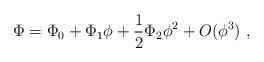
LaTeX: \begin{align*} \Phi = \Phi_0 + \Phi_1 \phi +\frac12 \Phi_2 \phi^2 +O(\phi^3)~,\end{align*}